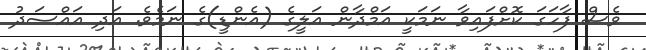
ވެސް ފާހަގަ ކޮށްފައިވާ ނަމަކީ އަމްދާން އަލީގެ (އެންޑީ)ގެ ނަމެވެ. އަދި އައްސަދު